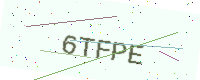
Text: 6TFPE